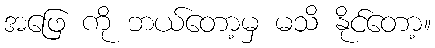
အဖြေ ကို ဘယ်တော့မှ မသိ နိုင်တော့။